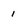
Character: 1